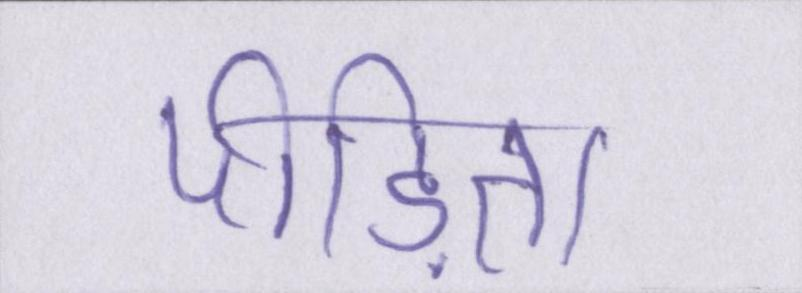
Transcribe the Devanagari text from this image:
पीड़िता